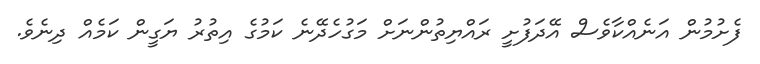
ފެށުމުން އަނެއްކާވެސް އޭދަފުށީ ރައްޔިތުންނަށް މަގުހެދޭނެ ކަމުގެ އިތުރު ޔަގީން ކަމެއް ދިނެވެ.